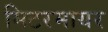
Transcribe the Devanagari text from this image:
मिटरमायर